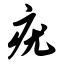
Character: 疣